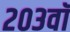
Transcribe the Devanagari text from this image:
२०३वॉ